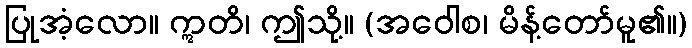
ပြုအံ့လော။ ဣတိ၊ ဤသို့။ (အဝေါစ၊ မိန့်တော်မူ၏။)